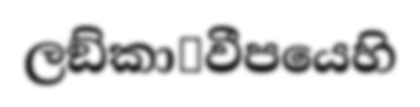
ලඞ්කා෾වීපයෙහි